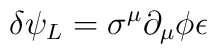
\delta \psi_{L} = \sigma^{\mu} \partial_{\mu} \phi \epsilon